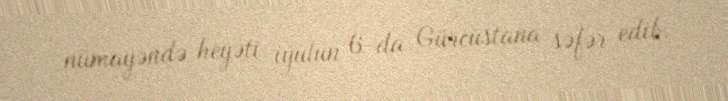
nümayəndə heyəti iyulun 6-da Gürcüstana səfər edib.